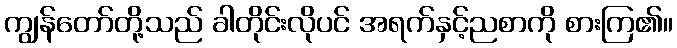
ကျွန်တော်တို့သည် ခါတိုင်းလိုပင် အရက်နှင့်ညစာကို စားကြ၏။